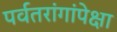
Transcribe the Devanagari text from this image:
पर्वतरांगांपेक्षा